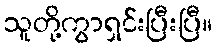
သူတို့ကွာရှင်းပြီးပြီ။